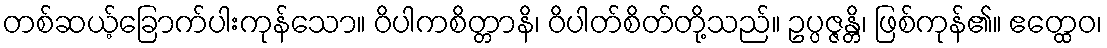
တစ်ဆယ့်ခြောက်ပါးကုန်သော။ ဝိပါကစိတ္တာနိ၊ ဝိပါတ်စိတ်တို့သည်။ ဥပ္ပဇ္ဇန္တိ၊ ဖြစ်ကုန်၏။ ဧတ္ထေဝ၊